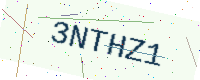
Text: 3NTHZ1